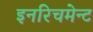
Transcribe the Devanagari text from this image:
इनरिचमेन्ट